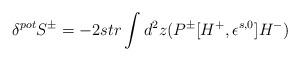
LaTeX: \begin{align*}\delta^{pot} S^\pm = -2 str\int d^2 z (P^\pm [H^+ , \epsilon^{s,0} ] H^- )\end{align*}